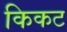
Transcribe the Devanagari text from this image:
किकट